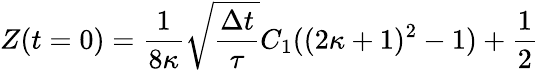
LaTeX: Z(t=0)=\frac{1}{8\kappa}\sqrt{\frac{\Delta t}{\tau}}C_{1}((2\kappa+1)^{2}-1)+\frac{1}{2}